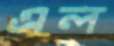
এল